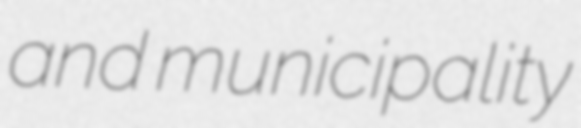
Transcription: and municipality